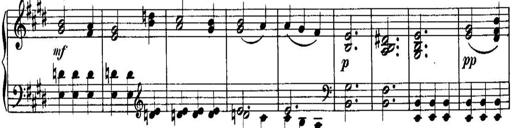
Title: Piano Sonatina No.1, Op.146
Composer: Stephen Heller